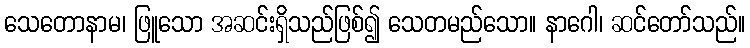
သေတောနာမ၊ ဖြူသော အဆင်းရှိသည်ဖြစ်၍ သေတမည်သော။ နာဂေါ၊ ဆင်တော်သည်။